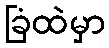
ခြံထဲမှာ